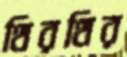
থিরথির